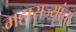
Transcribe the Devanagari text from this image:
महाराज्यांचा